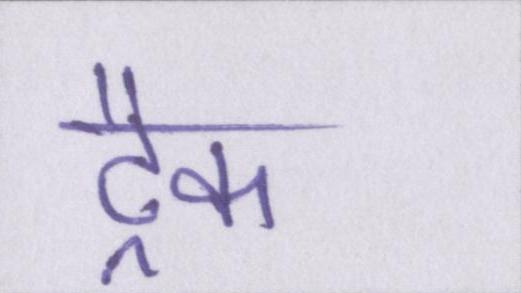
ट्रैक